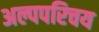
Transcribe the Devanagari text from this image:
अल्पपरिचय